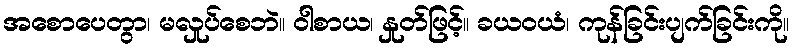
အစောပေတွာ၊ မလှုပ်စေဘဲ။ ဝါစာယ၊ နှုတ်ဖြင့်။ ခယဝယံ၊ ကုန်ခြင်းပျက်ခြင်းကို။